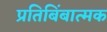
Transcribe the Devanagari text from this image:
प्रतिबिंबात्मक